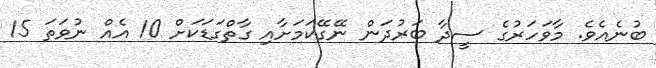
ބުނެއެވެ. މާވަހަރުގެ ސީދާ ބަރުދަން ނޭގޭކަމަށާއި ގާތްގަޑަކަށް 10 އެއް ނުވަތަ 15